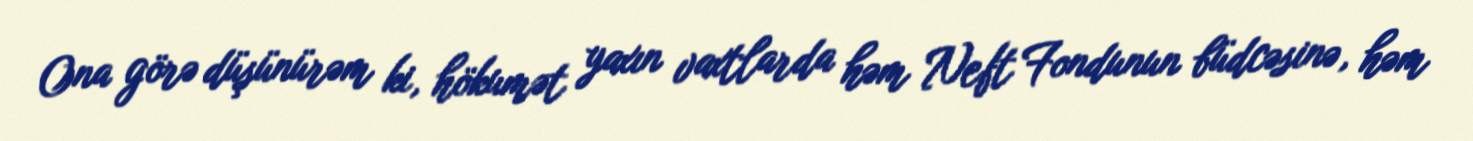
Ona görə düşünürəm ki, hökumət yaxın vaxtlarda həm Neft Fondunun büdcəsinə, həm